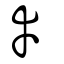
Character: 幸